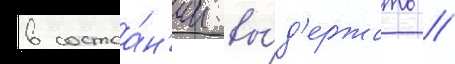
в состоа́н'ии вы́д'ержать //